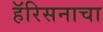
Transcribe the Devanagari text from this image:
हॅरिसनाचा